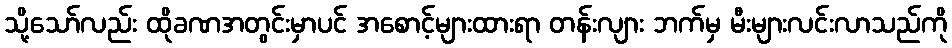
သို့သော်လည်း ထိုခဏအတွင်းမှာပင် အစောင့်များထားရာ တန်းလျား ဘက်မှ မီးများလင်းလာသည်ကို